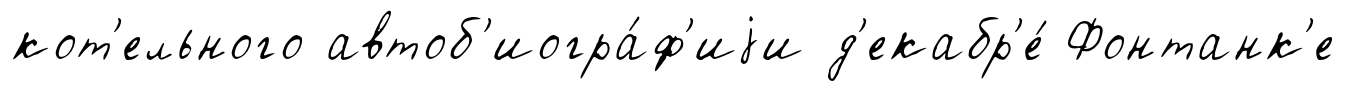
кот'ельного автоб'иогра́ф'иjи д'екабр'е́ Фонтанк'е